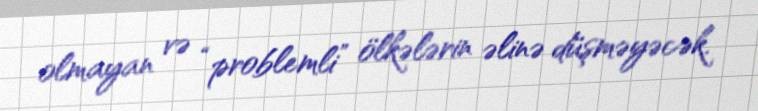
olmayan və “problemli” ölkələrin əlinə düşməyəcək.